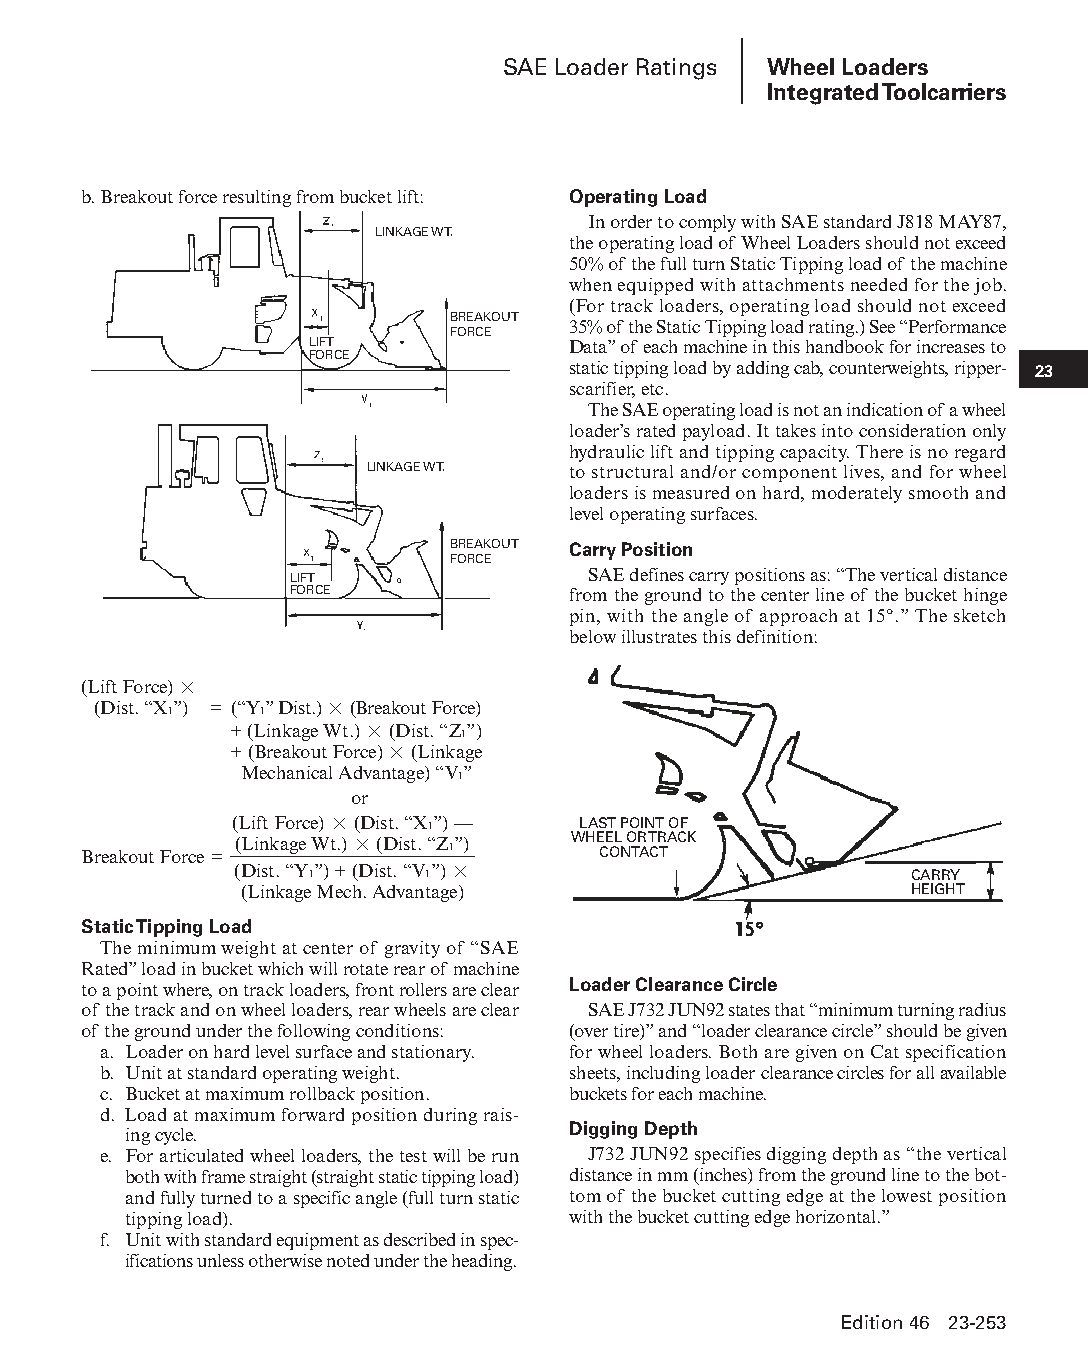
SAE Loader Ratings Wheel Loaders
 Integrated Toolcarriers
 b. Breakout force resulting from bucket lift: Operating Load
 In order to comply with SAE standard J818 MAY87,
 LINKAGE WT.
 the operating load of Wheel Loaders should not exceed
 50% of the full turn Static Tipping load of the machine
 when equipped with attachments needed for the job.
 (For track loaders, operating load should not exceed
 BREAKOUT
 35% of the Static Tipping load rating.) See “Perfor mance
 FORCE
 LIFT             Data” of each machine in this handbook for increases to
 FORCE
 static tipping load by adding cab, counter weights, ripper- 23
 scar ifier, etc.
 The SAE operating load is not an indication of a wheel
 loader’s rated payload. It takes into consider ation only
 hydraulic lift and tipping capacity. There is no regard
 LINKAGE WT.  to structural and/or component lives, and for wheel
 loaders is measured on hard, moderately smooth and
 level operating surfaces.
 BREAKOUT Carry Position
 FORCE
 LIFT               SAE defines carry positions as: “The vertical distance
 FORCE             from the ground to the center line of the bucket hinge
 pin, with the angle of approach at 15°.” The sketch
 below illustrates this definition:
 (Lift Force) ×
 (Dist. “X”) = (“Y” Dist.) × (Breakout Force)
 1      1
 + (Linkage Wt.) × (Dist. “Z”)
 1
 + (Breakout Force) × (Linkage
 Mechanical Advantage) “V”
 1
 or
 (Lift Force) × (Dist. “X 1”) — LAST POINT OF
 (Linkage Wt.) × (Dist. “Z”) WHEEL OR TRACK
 Breakout Force =        1         CONTACT
 (Dist. “Y 1”) + (Dist. “V 1”) ×              CARRY
 (Linkage Mech. Advantage)                    HEIGHT
 Static Tipping Load
 The minimum weight at center of gravity of “SAE
 Rated” load in bucket which will rotate rear of machine
 to a point where, on track loaders, front rollers are clear Loader Clearance Circle
 of the track and on wheel loaders, rear wheels are clear SAE J732 JUN92 states that “minimum turning radius
 of the ground under the following conditions: (over tire)” and “loader clearance circle” should be given
 a. Loader on hard level surface and stationary. for wheel loaders. Both are given on Cat specification
 b. Unit at standard operating weight. sheets, including loader clearance circles for all available
 c. Bucket at maximum rollback position. buckets for each machine.
 d. Load at maximum forward position during rais-
 Digging Depth
 ing cycle.
 e. For articulated wheel loaders, the test will be run J732 JUN92 specifies digging depth as “the vertical
 both with frame straight (straight static tipping load) distance in mm (inches) from the ground line to the bot-
 and fully turned to a specific angle (full turn static tom of the bucket cutting edge at the lowest position
 tipping load).               with the bucket cutting edge horizontal.”
 f. Unit with standard equipment as described in spec-
 i fi cations unless otherwise noted under the heading.
 Edition 46 23-253
 PPHHBB--SSeecc2233((ppgg220077--332244))..iinndddd 225533      1122//44//1155 22::1122 PPMM